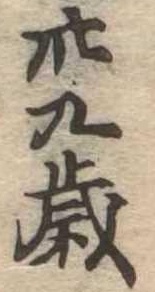
卅九歳